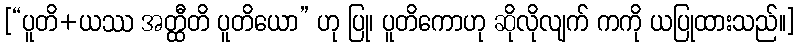
[“ပူတိ+ယဿ အတ္ထီတိ ပူတိယော” ဟု ပြု၊ ပူတိကောဟု ဆိုလိုလျက် ကကို ယပြုထားသည်။]